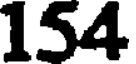
154